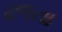
ઢળતા